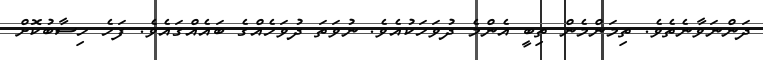
ދަންނަވާނެތެވެ. ތިމަންމެން ތިބީ އެންމެ ދުވަހަކުއެވެ. ނުވަތަ ދުވަހެއްގެ ބައެއްގައެވެ. ފަހެ ހިސާބުކޮށް